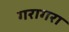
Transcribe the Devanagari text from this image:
गरागरा